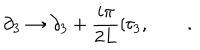
LaTeX: \partial _ { 3 } \rightarrow \partial _ { 3 } + \frac { i \pi } { 2 L } [ \tau _ { 3 } , \qquad .